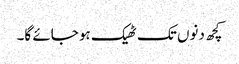
کچھ دنوں تک ٹھیک ہو جائے گا۔